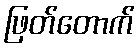
ဖြတ်တောက်